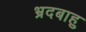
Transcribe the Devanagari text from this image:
भ्रदबाहु